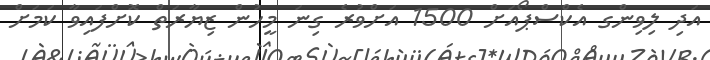
އަދި ލިވިންގ އެކްސްޕޯއަށް 1500 އަށްވުރެ ގިނަ މީހުން ޒިޔާރަތް ކޮށްފައިވާ ކަމަށް